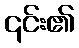
၎င်း၏